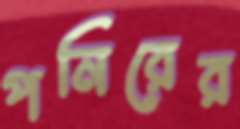
পনিরের